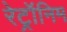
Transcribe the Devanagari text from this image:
रेट्रॉनिम